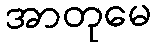
အာတုမေ